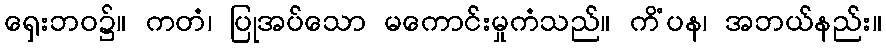
ရှေးဘဝ၌။ ကတံ၊ ပြုအပ်သော မကောင်းမှုကံသည်။ ကိံပန၊ အဘယ်နည်း။